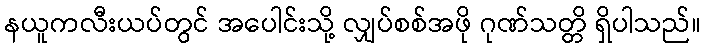
နယူကလီးယပ်တွင် အပေါင်းသို့ လျှပ်စစ်အဖို ဂုဏ်သတ္တိ ရှိပါသည်။